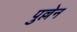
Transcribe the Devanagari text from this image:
पुल्लेन